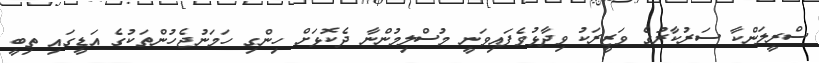
ސްރީލަންކާ ސަރުކާރުގެ ވަޒީރަކު ވިދާޅުވެފައިވަނީ މުސްލިމުންނާ ދެކޮޅަށް ހިންގި ހަމަނުޖެހުންތަކުގެ އަޑީގައި ތިބީ